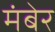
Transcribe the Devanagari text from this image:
मंबेर